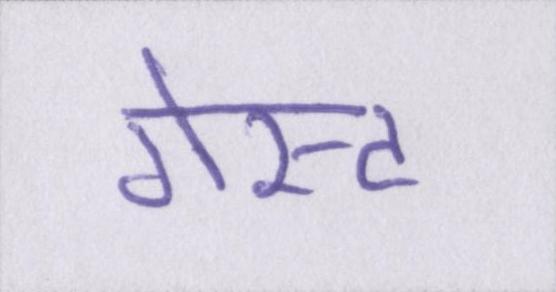
गेस्ट